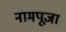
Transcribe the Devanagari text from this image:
नामपूजा